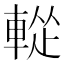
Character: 𨌰